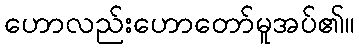
ဟောလည်းဟောတော်မူအပ်၏။